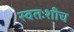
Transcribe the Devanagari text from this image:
स्वतःशीच